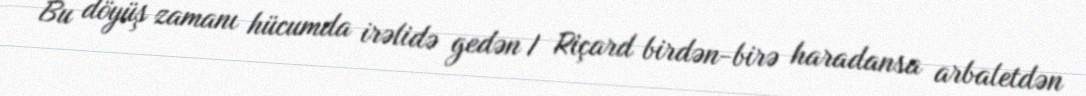
Bu döyüş zamanı hücumda irəlidə gedən I Riçard birdən-birə haradansa arbaletdən